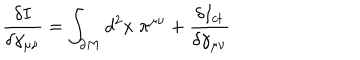
\frac { \delta I } { \delta \gamma _ { \mu \nu } } = \int _ { \partial M } d ^ { 2 } x \; \pi ^ { \mu \nu } + \frac { \delta I _ { c t } } { \delta \gamma _ { \mu \nu } }